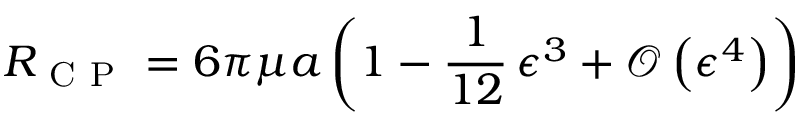
R _ { \mathrm { ~ C ~ P ~ } } = 6 \pi \mu a \left( 1 - \frac { 1 } { 1 2 } \, \epsilon ^ { 3 } + \mathcal { O } \left( \epsilon ^ { 4 } \right) \right)